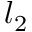
l _ { 2 }